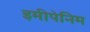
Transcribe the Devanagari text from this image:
इमीपेनिम